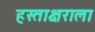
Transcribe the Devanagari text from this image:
हस्ताक्षराला